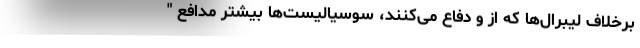
برخلاف لیبرال‌ها که از و دفاع می‌کنند، سوسیالیست‌ها بیشتر مدافع "